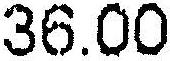
36.00